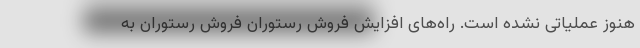
هنوز عملیاتی نشده است. راه‌های افزایش فروش رستوران فروش رستوران به